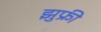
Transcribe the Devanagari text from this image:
झुफ्री